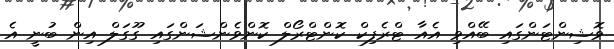
ވޮޝިންޓަންގައި ބޭއްވި އެއާ ޓްރެފިކް ކޮންޓްރޯލް ކޮންވެންޝަންގައި ގޫގަލް އިން ބުނީ އެ